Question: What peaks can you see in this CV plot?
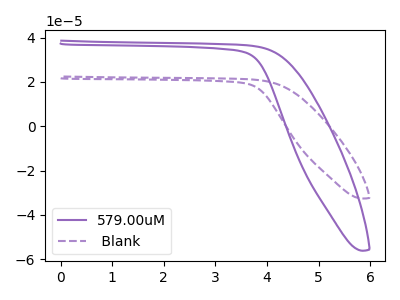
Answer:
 <answer>The purple curve "579.00uM" has no peaks. The purple dashed curve " Blank" has no peaks.</answer>
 <eval></eval>